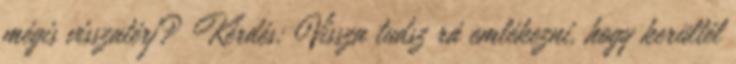
mégis visszatérj? Kérdés: Vissza tudsz rá emlékezni, hogy kerültél